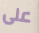
على